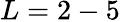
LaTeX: L=2-5